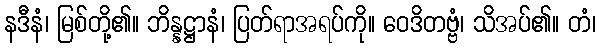
နဒီနံ၊ မြစ်တို့၏။ ဘိန္နဋ္ဌာနံ၊ ပြတ်ရာအရပ်ကို။ ဝေဒိတဗ္ဗံ၊ သိအပ်၏။ တံ၊